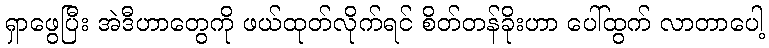
ရှာဖွေပြီး အဲဒီဟာတွေကို ဖယ်ထုတ်လိုက်ရင် စိတ်တန်ခိုးဟာ ပေါ်ထွက် လာတာပေါ့